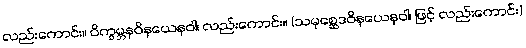
လည်းကောင်း။ ဝိက္ခမ္ဘနဝိနယေနဝါ၊ လည်းကောင်း။ (သမုစ္ဆေဒဝိနယေနဝါ၊ ဖြင့် လည်းကောင်း)